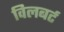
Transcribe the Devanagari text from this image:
विलबर्ट